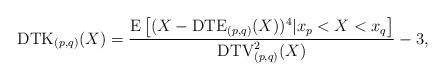
LaTeX: \begin{align*}\mathrm{DTK}_{(p,q)}(X)=\frac{\mathrm{E}\left[(X-\mathrm{DTE}_{(p,q)}(X))^{4}|x_{p}<X<x_{q}\right]}{\mathrm{DTV}_{(p,q)}^{2}(X)}-3,\end{align*}